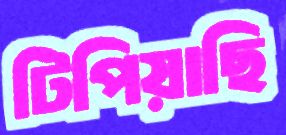
টিপিয়াছি